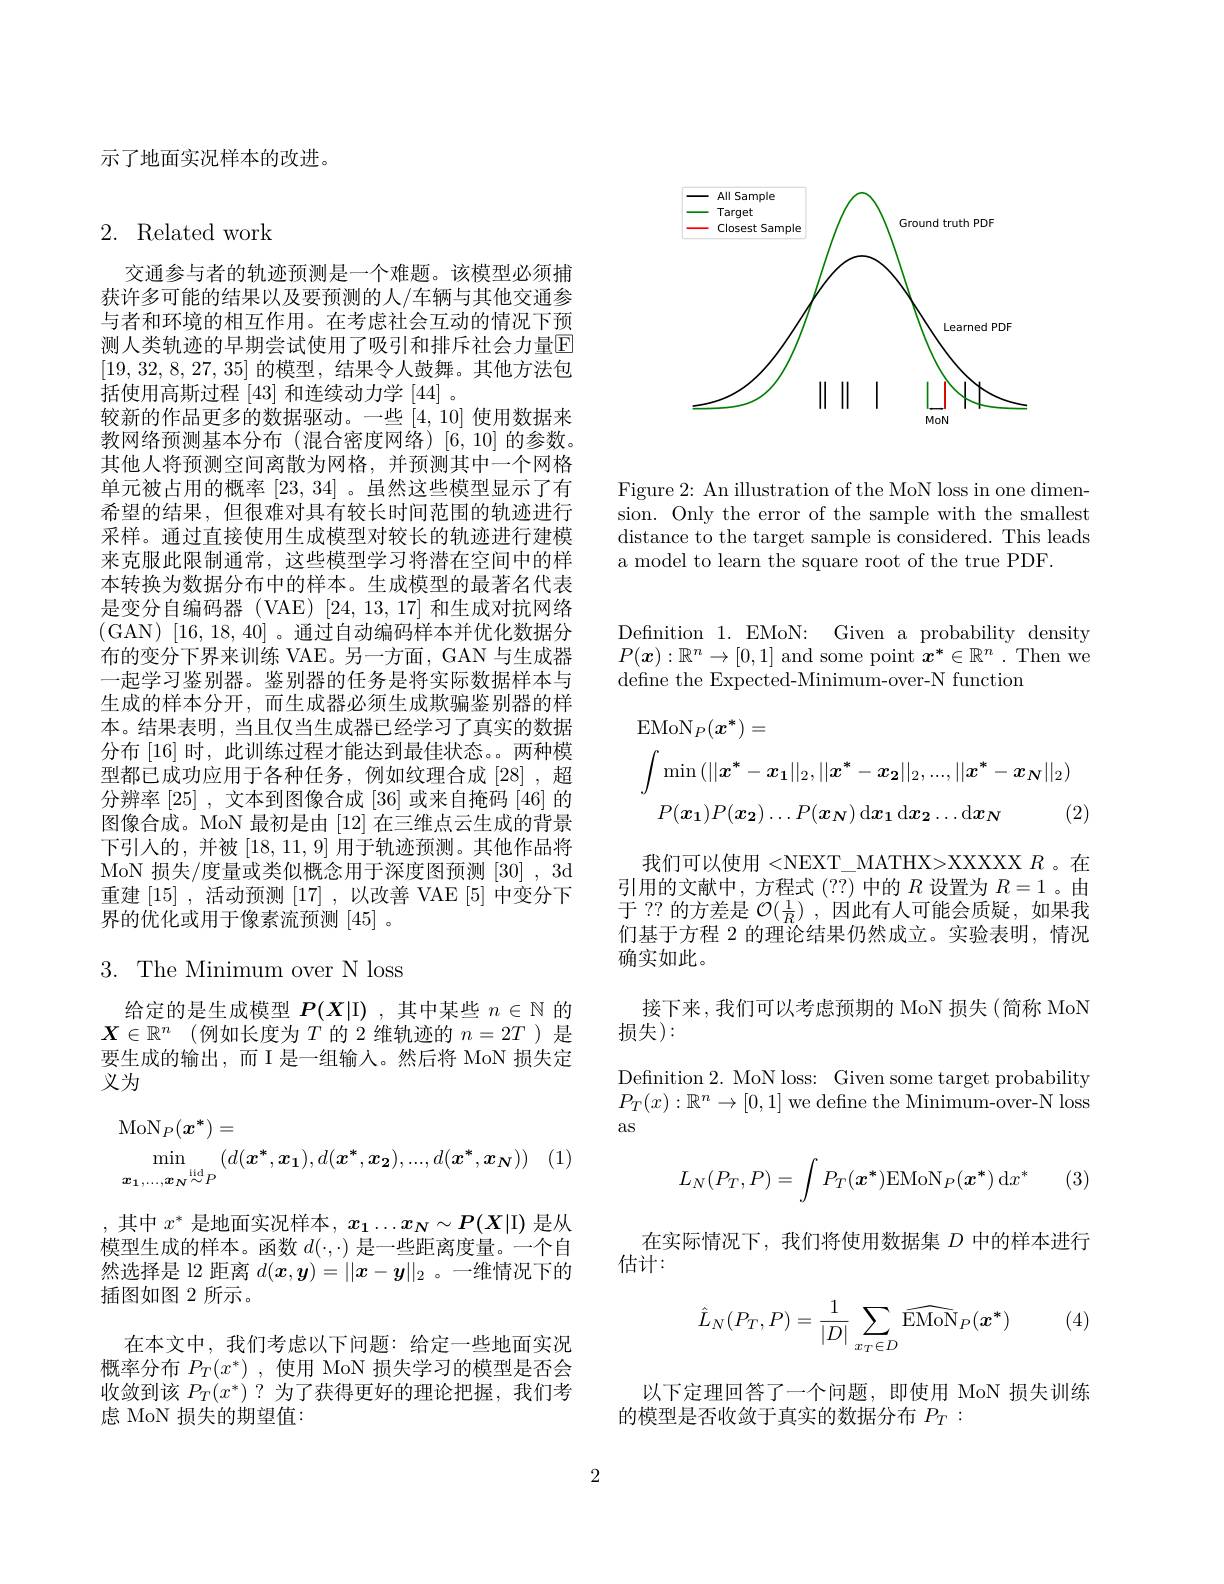
示了地面实况样本的改进。

<FigureHere>

Figure 2: An illustration of the MoN loss in one dimension. Only the error of the sample with the smallest distance to the target sample is considered. This leads a model to learn the square root of the true PDF.

## 2. Related work

交通参与者的轨迹预测是一个难题。该模型必须捕获许多可能的结果以及要预测的人/车辆与其他交通参与者和环境的相互作用。在考虑社会互动的情况下预测人类轨迹的早期尝试使用了吸引和排斥社会力量$\overline{\mathrm{E}}$ [19, 32, 8, 27, 35]的模型，结果令人鼓舞。其他方法包括使用高斯过程 [43] 和连续动力学 [44] 。
较新的作品更多的数据驱动。一些[4,10]使用数据来教网络预测基本分布(混合密度网络)[6,10]的参数。其他人将预测空间离散为网格，并预测其中一个网格单元被占用的概率[23,34] 。虽然这些模型显示了有希望的结果，但很难对具有较长时间范围的轨迹进行采样。通过直接使用生成模型对较长的轨迹进行建模来克服此限制通常，这些模型学习将潜在空间中的样本转换为数据分布中的样本。生成模型的最著名代表是变分自编码器 (VAE) [24,13,17] 和生成对抗网络(GAN)[16,18,40]。通过自动编码样本并优化数据分布的变分下界来训练 VAE。另一方面，GAN 与生成器一起学习鉴别器。鉴别器的任务是将实际数据样本与生成的样本分开，而生成器必须生成欺骗鉴别器的样本。结果表明，当且仅当生成器已经学习了真实的数据分布 [16] 时，此训练过程才能达到最佳状态。两种模型都已成功应用于各种任务，例如纹理合成[28],超分辨率[25] ,文本到图像合成[36]或来自掩码[46]的图像合成。MoN 最初是由 [12] 在三维点云生成的背景下引人的，并被[18,11,9] 用于轨迹预测。其他作品将MoN 损失/度量或类似概念用于深度图预测[30],3d 重建[15] ,活动预测[17] ,以改善 VAE [5]中变分下界的优化或用于像素流预测[45]。

## 3. The Minimum over N loss

给定的是生成模型$P(X|\mathcal{I})$ ,其中某些$n\in\mathbb{N}$的$X\in \mathbb{R} ^n$ (例如长度为$T$的 2 维轨迹的$n=2T$ )是要生成的输出，而 I 是一组输入。然后将 MoN 损失定义为
$$\begin{aligned}&\mathrm{MoN}_{P}(\boldsymbol{x}^{*})=\\&\min_{\boldsymbol{x_{1}},\ldots,\boldsymbol{x_{N}}\overset{\mathrm{iid}}{\sim}P}(d(\boldsymbol{x^{*}},\boldsymbol{x_{1}}),d(\boldsymbol{x^{*}},\boldsymbol{x_{2}}),\ldots,d(\boldsymbol{x^{*}},\boldsymbol{x_{N}}))\end{aligned}$$
(1)

,其中$x^*$是地面实况样本$,x_1\ldots x_N\sim P(X|$I) 是从模型生成的样本。函数$d(\cdot,\cdot)$是一些距离度量。一个自然选择是 12 距离$d(\boldsymbol{x},\boldsymbol{y})=\|\boldsymbol{x}-\boldsymbol{y}\|_2$ 。一维情况下的插图如图 2 所示.
在本文中，我们考虑以下问题：给定一些地面实况概率分布$P_T(x^*)$ ,使用 MoN 损失学习的模型是否会收敛到该$P_T(x^*)$?为了获得更好的理论把握，我们考虑 MoN 损失的期望值：

Definition 1. EMoN: Given a probability density $P(\boldsymbol{x}):\mathbb{R}^n\to[0,1]$ and some point $\boldsymbol x^*\in\mathbb{R}^n.$ Then we define the Expected-Minimum-over-N function
$$\begin{aligned}&\mathrm{EMoN}_{P}(\boldsymbol{x}^{*})=\\&\int\min\left(||\boldsymbol{x}^{*}-\boldsymbol{x}_{1}||_{2},||\boldsymbol{x}^{*}-\boldsymbol{x}_{2}||_{2},...,||\boldsymbol{x}^{*}-\boldsymbol{x}_{N}||_{2}\right)\\&P(\boldsymbol{x_{1}})P(\boldsymbol{x_{2}})\ldots P(\boldsymbol{x_{N}})\:\mathrm{d}\boldsymbol{x_{1}}\:\mathrm{d}\boldsymbol{x_{2}}\ldots\mathrm{d}\boldsymbol{x_{N}}\quad(2)\end{aligned}$$
我们可以使用 <NEXT\_MATHX>XXXXXR。在引用的文献中，方程式(??)中的$R$ 设置为 $R=1$ 。由于 ?? 的方差是$\mathcal{O} ( \frac 1R)$ ,因此有人可能会质疑，如果我们基于方程 2 的理论结果仍然成立。实验表明，情况确实如此。

接下来，我们可以考虑预期的 MoN 损失(简称 MoN
损失):

Defnition 2. MoN loss: Given some target probability $P_T(x):\mathbb{R}^n\to[0,1]$ we define the Minimum-over-N loss as
$$L_N(P_T,P)=\int P_T(\boldsymbol{x}^*)\mathrm{EMoN}_P(\boldsymbol{x}^*)\:\mathrm{d}x^*$$
(3)

在实际情况下，我们将使用数据集$D$中的样本进行
估计：

(4)
$$\hat{L}_N(P_T,P)=\frac{1}{|D|}\sum_{x_T\in D}\widehat{\mathrm{EMoN}}_P(\boldsymbol{x}^*)$$
以下定理回答了一个问题，即使用 MoN 损失训练
的模型是否收敛于真实的数据分布$P_T:$

2